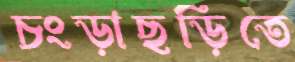
চংড়াছড়িতে